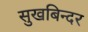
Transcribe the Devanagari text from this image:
सुखबिन्दर